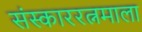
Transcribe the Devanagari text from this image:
संस्काररत्नमाला